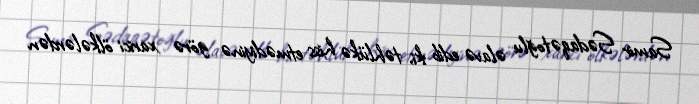
Samir Sədaqətoğlu əlavə edib ki, təhlükə hiss etmədiyinə görə xarici ölkələrdən